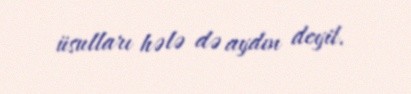
üsulları hələ də aydın deyil.